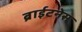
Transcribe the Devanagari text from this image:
ब्राईटनेस